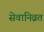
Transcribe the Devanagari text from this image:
सेवानिव्रत